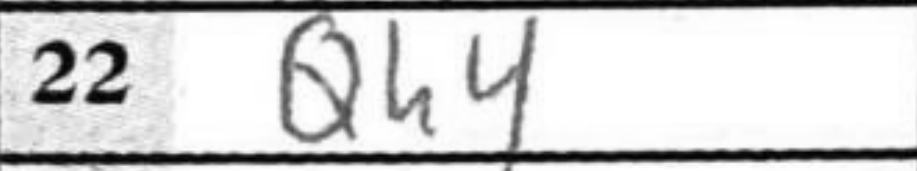
Transcription: Qh4